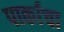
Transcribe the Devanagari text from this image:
पार्काचा